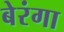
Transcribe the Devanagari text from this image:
बेरंगा